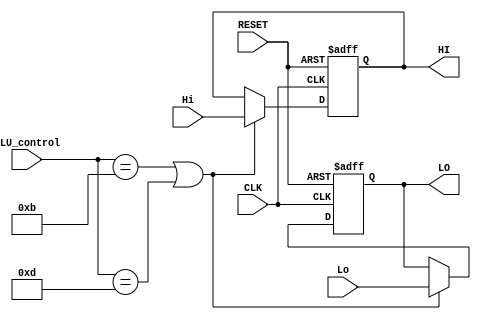
module Special_Registers( CLK, RESET, Hi, Lo, ALU_control, HI, LO);

	input CLK, RESET;
	input [31:0] Hi, Lo;
	input [3:0] ALU_control; //Save on;y when div, mult
	output [31:0] HI, LO;

	reg signed [31:0] Register[1:0]; //This can be bigger if use float instructions
	
	assign	HI = Register[1];
	assign	LO = Register[0];
	
	always @(posedge RESET or posedge CLK) //exclude RegWrite?
	begin
		if (RESET)
		begin
			Register[0]  <= 32'h00000000;    // Lo
			Register[1]  <= 32'h00000000;    // Hi
			$display("RESET MODE");	
		end

		else 
		begin 
			Register[0]	<=	Register[0]	;
			Register[1]	<=	Register[1]	;
		
			if ((ALU_control == 4'b1011)|(ALU_control == 4'b1101))
			begin 
				Register[0] <= Lo;
				Register[1] <= Hi;
			end
		end
	end

endmodule